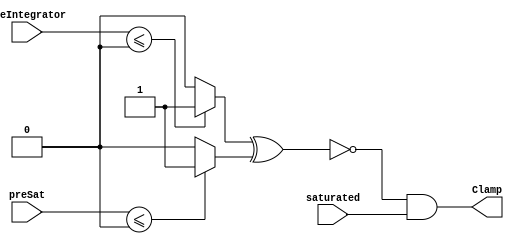
// -------------------------------------------------------------
// 
// 
// Generated by MATLAB 8.2 and HDL Coder 3.3
// 
// -------------------------------------------------------------


// -------------------------------------------------------------
// 
// Module: velocityControlHdl_Clamp_block1
// Source Path: velocityControlHdl/Control_Velocity/Rotor_Velocity_Control/Clamp
// Hierarchy Level: 6
// 
// -------------------------------------------------------------

`timescale 1 ns / 1 ns

module velocityControlHdl_Clamp_block1
          (
           preSat,
           saturated,
           preIntegrator,
           Clamp
          );


  input   signed [35:0] preSat;  // sfix36_En22
  input   saturated;
  input   signed [35:0] preIntegrator;  // sfix36_En35
  output  Clamp;


  wire Compare_To_Zero_out1;
  wire Compare_To_Zero1_out1;
  wire Compare_To_Zero_out1_1;
  wire Logical_Operator_out1;


  // <S26>/Compare To Zero
  assign Compare_To_Zero_out1 = (preIntegrator <= 36'sh000000000 ? 1'b1 :
              1'b0);



  // <S26>/Compare To Zero1
  assign Compare_To_Zero1_out1 = (preSat <= 36'sh000000000 ? 1'b1 :
              1'b0);



  // <S26>/Logical Operator
  assign Compare_To_Zero_out1_1 =  ~ (Compare_To_Zero_out1 ^ Compare_To_Zero1_out1);



  // <S26>/AND
  assign Logical_Operator_out1 = Compare_To_Zero_out1_1 & saturated;



  assign Clamp = Logical_Operator_out1;

endmodule  // velocityControlHdl_Clamp_block1